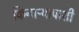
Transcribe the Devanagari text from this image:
किनाऱ्यापाशी